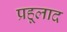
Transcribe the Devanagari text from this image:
प्रहूलाद